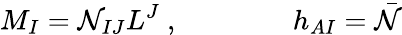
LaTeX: M_{I}={\cal{N}}_{IJ}L^{J}\ ,\qquad\qquad h_{AI}={\bar{{\cal{N}}}}